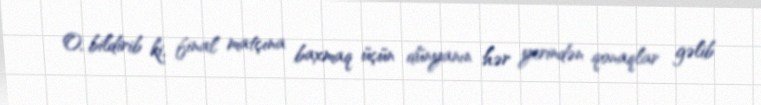
O, bildirib ki, final matçına baxmaq üçün dünyanın hər yerindən qonaqlar gəlib